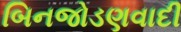
બિનજોડણવાદી